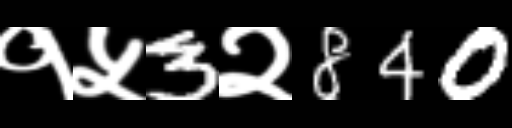
Text: १५3२840